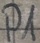
Text: P1